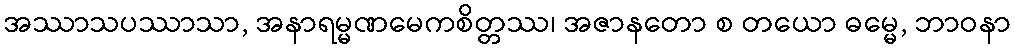
အဿာသပဿာသာ, အနာရမ္မဏမေကစိတ္တဿ၊ အဇာနတော စ တယော ဓမ္မေ, ဘာဝနာ